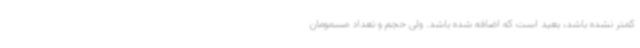
کمتر نشده باشد، بعید است که اضافه شده باشد. ولی حجم و تعداد مسمومان